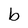
Character: b